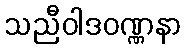
သညီဝါဒဝဏ္ဏနာ